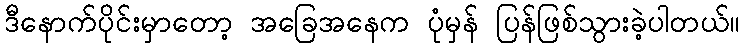
ဒီနောက်ပိုင်းမှာတော့ အခြေအနေက ပုံမှန် ပြန်ဖြစ်သွားခဲ့ပါတယ်။